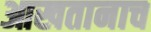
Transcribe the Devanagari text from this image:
आखतानाच